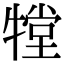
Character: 𤛋